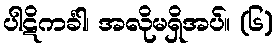
ပါဋိကင်္ခါ၊ အလိုမရှိအပ်။ (၆)